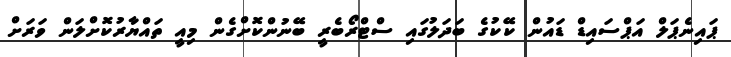
ޕައިނެޕަލް އަޕްސައިޑް ޑައުން ކޭކުގެ ބަދަލުގައި ސްޓްރޯބެރީ ބޭނުންކޮށްގެން މިއީ ތައްޔާރުކޮށްލަން ވަރަށް